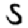
Digit: 5